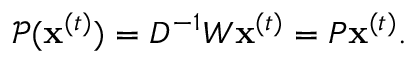
\mathcal { P } ( \mathbf { x } ^ { ( t ) } ) = D ^ { - 1 } W \mathbf { x } ^ { ( t ) } = P \mathbf { x } ^ { ( t ) } .